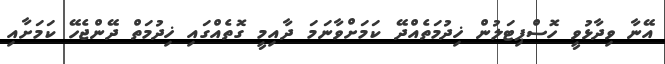
އޭނާ ވިދާޅުވީ ހޮސްޕިޓަލުން ޚިދުމަތެއްދޭ ކަމަށްވާނަމަ ދާއިމީ ގޮތެއްގައި ޚިދުމަތް ދޭންޖެހޭ ކަމަށާއި